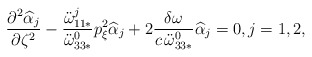
\begin{align*}\frac{\partial^2 \widehat{\alpha}_j}{\partial \zeta^2} -\frac{\ddot{\omega}^j_{11*}}{\ddot{\omega}^0_{33*}}p_{\xi}^2 \widehat{\alpha}_j + 2\frac{\delta\omega}{c\,\ddot{\omega}^0_{33*}}\widehat{\alpha}_j = 0, {j=1,2},\end{align*}